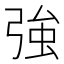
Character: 強